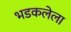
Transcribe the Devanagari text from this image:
भडकलेला